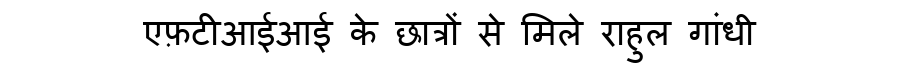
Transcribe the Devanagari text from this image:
एफ़टीआईआई के छात्रों से मिले राहुल गांधी